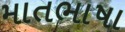
માતભાષા